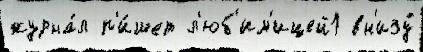
журна́л п'и́шет л'юб'им'ицей1 вн'изу́